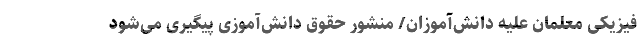
فیزیکی معلمان علیه دانش‌آموزان/ منشور حقوق دانش‌آموزی پیگیری می‌شود